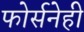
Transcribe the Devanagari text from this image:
फोर्सनेही